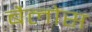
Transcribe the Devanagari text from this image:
बैलोस